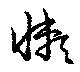
懶